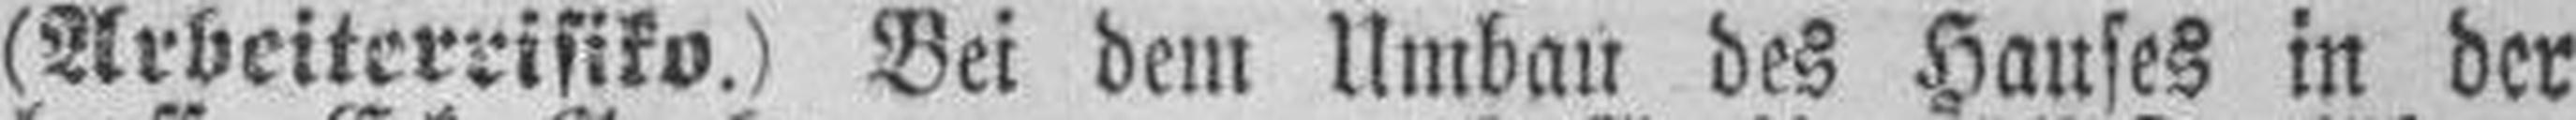
(Arbeiterrisiko.) Bei dem Umbau des Hauses in der